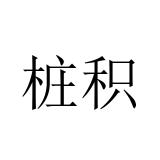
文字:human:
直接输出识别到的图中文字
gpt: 桩积